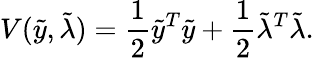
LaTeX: V(\tilde{y},\tilde{\lambda})=\frac{1}{2}\tilde{y}^{T}\tilde{y}+\frac{1}{2}\tilde{\lambda}^{T}\tilde{\lambda}.